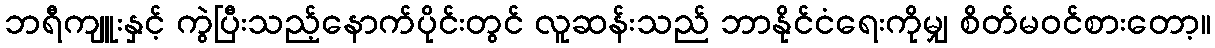
ဘရီကျူးနှင့် ကွဲပြီးသည့်နောက်ပိုင်းတွင် လူဆန်းသည် ဘာနိုင်ငံရေးကိုမျှ စိတ်မဝင်စားတော့။